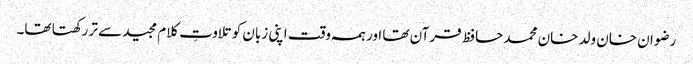
رضوان خان ولد خان محمد حافظ قرآن تھا اور ہمہ وقت اپنی زبان کو تلاوتِ کلام مجید سے تر رکھتا تھا۔